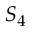
S _ { 4 }